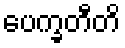
ပေက္ခတီတိ